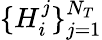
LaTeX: \{ H_{i}^{j}\} _{j=1}^{N_{T}}